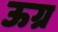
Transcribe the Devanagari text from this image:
ऊग्र